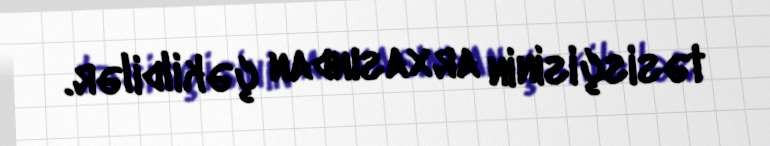
təsisçisinin arxasından çəkildilər.